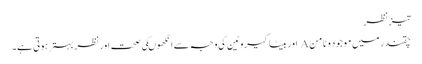
تیزنظر
چقندر میں موجود وٹامن A اور بیٹاکیروٹین کی وجہ سے انکھوںکی صحت اور نظر بہترہوتی ہے۔